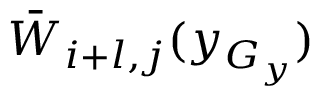
\Bar W _ { i + l , j } ( y _ { G _ { y } } )